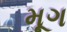
મૂગ